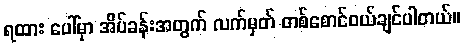
ရထား ပေါ်မှာ အိပ်ခန်းအတွက် လက်မှတ် တစ်စောင်ဝယ်ချင်ပါတယ်။